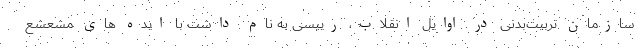
سازمان تربیت‌بدنی در اوایل انقلاب، رییسی به نام داشت با ایده های مشعشع